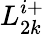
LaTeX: L_{2k}^{i+}